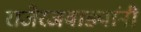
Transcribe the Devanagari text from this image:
राजेरजवाड्यांनी